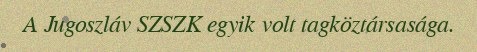
A Jugoszláv SZSZK egyik volt tagköztársasága.